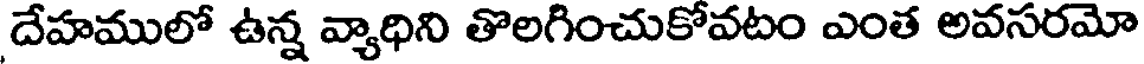
దేహములో ఉన్న వ్యాధిని తొలగించుకోవటం ఎంత అవసరమో